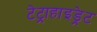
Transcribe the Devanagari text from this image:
टेट्राहाइड्रेट